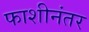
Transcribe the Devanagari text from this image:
फाशीनंतर